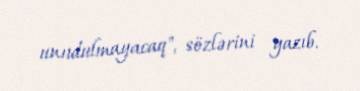
unudulmayacaq", sözlərini yazıb.